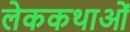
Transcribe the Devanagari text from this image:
लेककथाओं